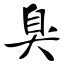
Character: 臭